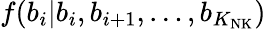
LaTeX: f(b_{i}\vert b_{i},b_{i+1},\dots,b_{K_{\mathrm{NK}}})